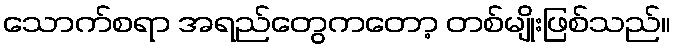
သောက်စရာ အရည်တွေကတော့ တစ်မျိုးဖြစ်သည်။